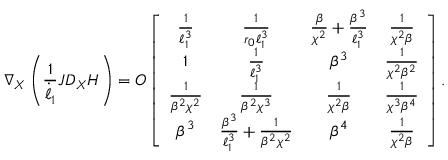
\nabla _ { X } \left( \frac { 1 } { \dot { \ell } _ { 1 } } J D _ { X } H \right) = O \left[ \begin{array} { c c c c c c } { \frac { 1 } { \ell _ { 1 } ^ { 3 } } } & { \frac { 1 } { r _ { 0 } \ell _ { 1 } ^ { 3 } } } & { \frac { \beta } { \chi ^ { 2 } } + \frac { \beta ^ { 3 } } { \ell _ { 1 } ^ { 3 } } } & { \frac { 1 } { \chi ^ { 2 } \beta } } \\ { 1 } & { \frac { 1 } { \ell _ { 1 } ^ { 3 } } } & { \beta ^ { 3 } } & { \frac { 1 } { \chi ^ { 2 } \beta ^ { 2 } } } \\ { \frac { 1 } { \beta ^ { 2 } \chi ^ { 2 } } } & { \frac { 1 } { \beta ^ { 2 } \chi ^ { 3 } } } & { \frac { 1 } { \chi ^ { 2 } \beta } } & { \frac { 1 } { \chi ^ { 3 } \beta ^ { 4 } } } \\ { \beta ^ { 3 } } & { \frac { \beta ^ { 3 } } { \ell _ { 1 } ^ { 3 } } + \frac { 1 } { \beta ^ { 2 } \chi ^ { 2 } } } & { \beta ^ { 4 } } & { \frac { 1 } { \chi ^ { 2 } \beta } } \end{array} \right] .